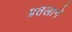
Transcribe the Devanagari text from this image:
प्रतलाने